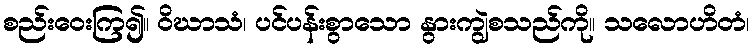
စည်းဝေးကြ၍။ ဝိဃာသံ၊ ပင်ပန်းစွာသော နွားကျွဲစသည်ကို။ သလောဟိတံ၊